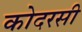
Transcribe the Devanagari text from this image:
कोदरसी